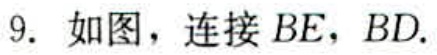
9. 如图，连接 \(BE\)，\(BD\).